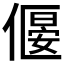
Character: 𠍾